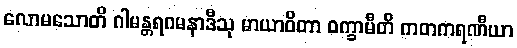
လောမသောတိ ဂါမန္တရဂမနာဒီသု မာယာဝိတာ ဝက္ခာမီတိ ကတကရဏီယာ